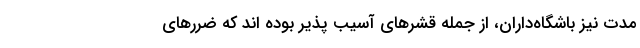
مدت نیز باشگاه‌داران، از جمله قشرهای آسیب پذیر بوده اند که ضررهای